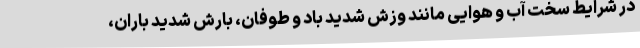
در شرایط سخت آب و هوایی مانند وزش شدید باد و طوفان، بارش شدید باران،